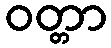
ဝတ္တာ